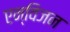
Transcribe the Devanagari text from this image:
एन्विजन